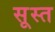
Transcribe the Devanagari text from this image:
सूस्त